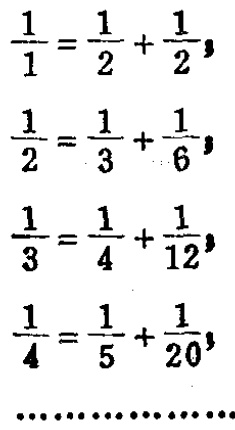
\[
\begin{align*}
\frac{1}{1}&=\frac{1}{2}+\frac{1}{2}\\
\frac{1}{2}&=\frac{1}{3}+\frac{1}{6}\\
\frac{1}{3}&=\frac{1}{4}+\frac{1}{12}\\
\frac{1}{4}&=\frac{1}{5}+\frac{1}{20}\\
&\cdots\cdots
\end{align*}
\]